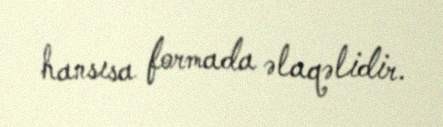
hansısa formada əlaqəlidir.